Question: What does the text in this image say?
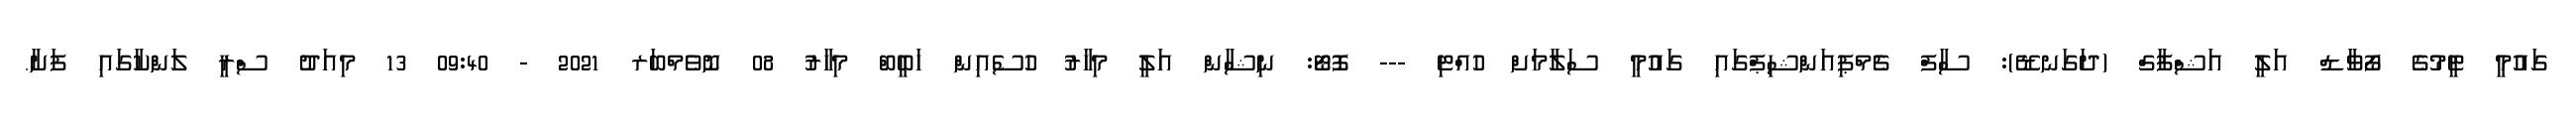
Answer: ގައުމީ ޓީމުގެ ފޯވާޑް އަލީ އަޝްފާގް (ދަގަނޑޭ): ސާފް ޗެމްޕިއަންޝިޕްގައި ގައުމީ ސަލާމަށް ހުއްޓި --- ފޮޓޯ: ނިޝާން އަލީ މިހާރު ހުސެއިން ހަބީބް މިހާރު 08 ނޮވެމްބަރ 2021 - 09:40 13 މިއަދު ސްރީ ލަންކާގައި ފަށާ.